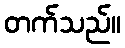
တက်သည်။